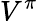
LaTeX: V^{\pi}